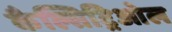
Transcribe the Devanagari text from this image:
कैल्सिट्रिओल